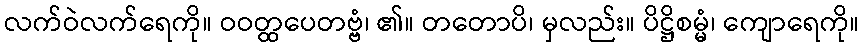
လက်ဝဲလက်ရေကို။ ဝဝတ္ထပေတဗ္ဗံ၊ ၏။ တတောပိ၊ မှလည်း။ ပိဋ္ဌိစမ္မံ၊ ကျောရေကို။